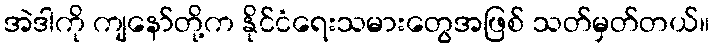
အဲဒါကို ကျနော်တို့က နိုင်ငံရေးသမားတွေအဖြစ် သတ်မှတ်တယ်။